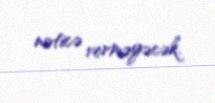
nəticə verməyəcək.